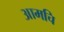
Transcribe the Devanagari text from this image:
आमचि